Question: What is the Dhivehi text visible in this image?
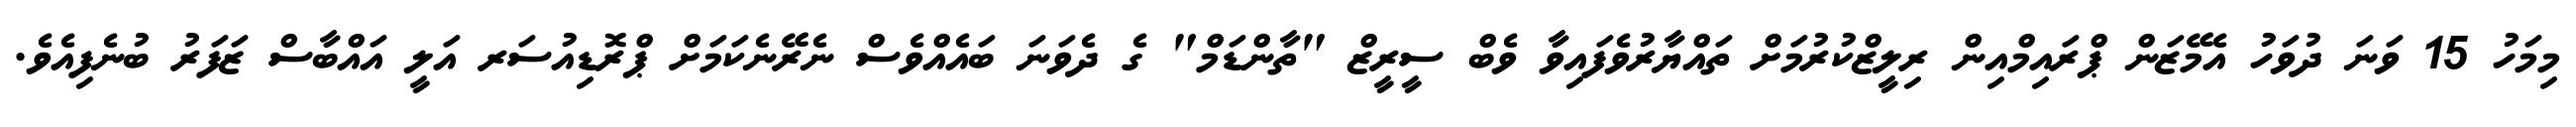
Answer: މިމަހު 15 ވަނަ ދުވަހު އެމޭޒަން ޕްރައިމްއިން ރިލީޒްކުރުމަށް ތައްޔާރުވެފައިވާ ވެބް ސީރީޒް "ތާންޑަމް" ގެ ދެވަނަ ބައެއްވެސް ނެރޭނެކަމަށް ޕްރޮޑިއުސަރ އަލީ އައްބާސް ޒަފަރު ބުނެފިއެވެ.